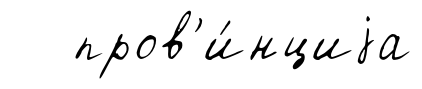
пров'и́нциjа